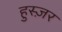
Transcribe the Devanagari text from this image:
हुस्ज़र